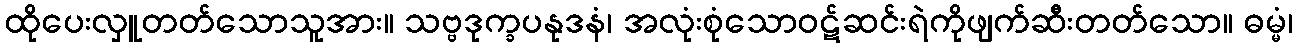
ထိုပေးလှူတတ်သောသူအား။ သဗ္ဗဒုက္ခပနုဒနံ၊ အလုံးစုံသောဝဋ်ဆင်းရဲကိုဖျက်ဆီးတတ်သော။ ဓမ္မံ၊